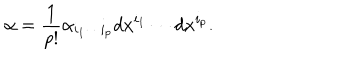
LaTeX: \alpha = { \frac { 1 } { p ! } } \alpha _ { i _ { 1 } \cdots i _ { p } } d x ^ { i _ { 1 } } \cdots d x ^ { i _ { p } } .